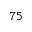
^ { 7 5 }